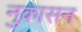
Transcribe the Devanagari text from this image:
नुकासन